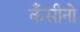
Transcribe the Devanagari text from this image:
कँसीनो